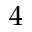
4